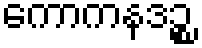
ကောကနဒဉ္စ